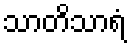
သာတိသာရံ